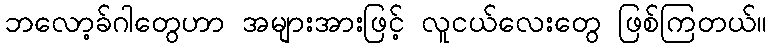
ဘလော့ခ်ဂါတွေဟာ အများအားဖြင့် လူငယ်လေးတွေ ဖြစ်ကြတယ်။